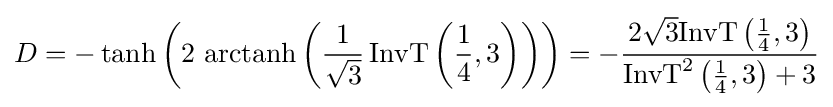
D=-\tanh \left(2{\text{ arctanh}}\left({\frac {1}{\sqrt {3}}}\operatorname {InvT} \left({\frac {1}{4}},3\right)\right)\right)=-{\frac {2{\sqrt {3}}{\operatorname {InvT} \left({\frac {1}{4}},3\right)}}{\operatorname {InvT} ^{2}\left({\frac {1}{4}},3\right)+3}}